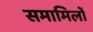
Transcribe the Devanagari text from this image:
समामिलों